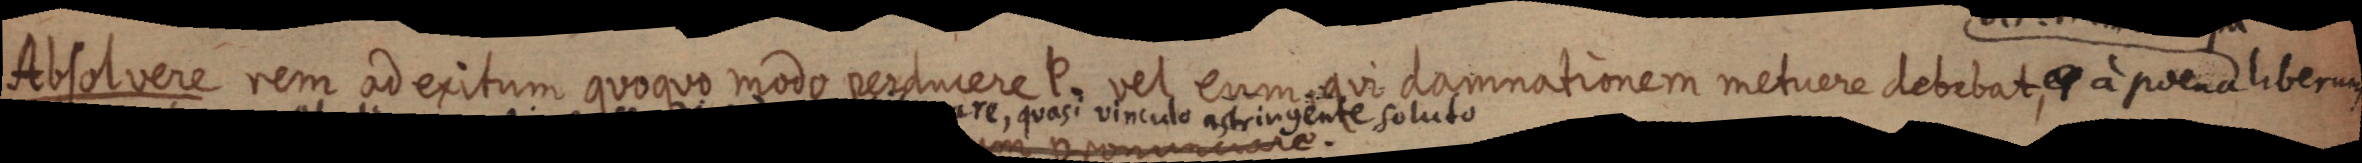
Aesolvere rem ad eritum quanon rioro cerstmcene e ded eximsqei csomnationem netior debitat e a pomidliben